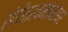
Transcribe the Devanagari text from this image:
संगीतरचनांबरोबर